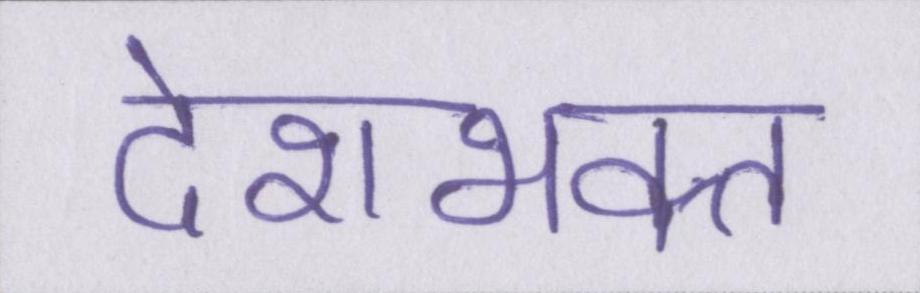
देशभक्त